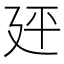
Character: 𪪭